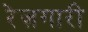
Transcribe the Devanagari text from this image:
रेज़गारी